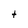
Character: t